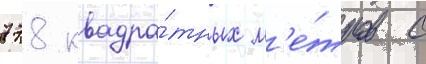
778 квадра́тных м'е́тров с